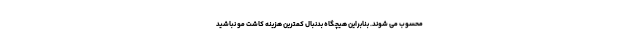
محسوب می شوند. بنابراین هیچگاه بدنبال کمترین هزینه کاشت مو نباشید